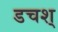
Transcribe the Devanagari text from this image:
डचश्